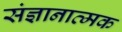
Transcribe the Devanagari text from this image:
संज्ञानात्‍मक